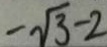
- \sqrt { 3 } - 2